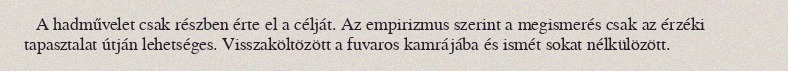
A hadművelet csak részben érte el a célját. Az empirizmus szerint a megismerés csak az érzéki tapasztalat útján lehetséges. Visszaköltözött a fuvaros kamrájába és ismét sokat nélkülözött.